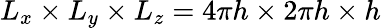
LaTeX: L_{x}\times L_{y}\times L_{z}=4\pi h\times 2\pi h\times h